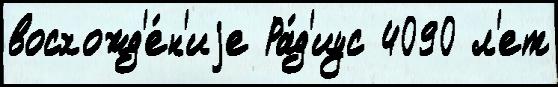
восхожд'е́н'иjе Ра́д'иус 4090 л'ет